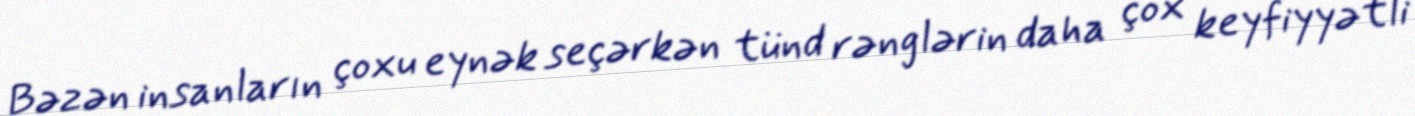
Bəzən insanların çoxu eynək seçərkən tünd rənglərin daha çox keyfiyyətli